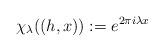
LaTeX: \begin{align*} \chi_\lambda((h,x)):= e^{2\pi i \lambda x}\end{align*}